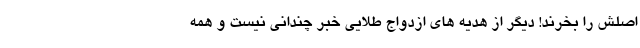
اصلش را بخرند! دیگر از هدیه های ازدواج طلایی خبر چندانی نیست و همه